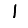
Digit: 1